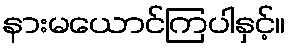
နားမယောင်ကြပါနှင့်။